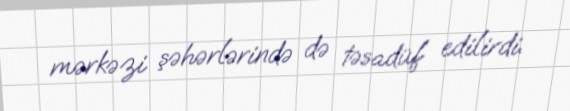
mərkəzi şəhərlərində də təsadüf edilirdi.